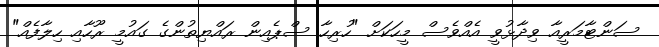
ސަންޓާމަރީއާ ވިދާޅުވީ އެއްވެސް މީހަކަށް "ހުރިހާ ސްޕެއިން ރައްޔިތުންގެ ގައުމީ ރޫހާއި ހިލާފެއް"